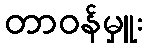
တာဝန်မှူး